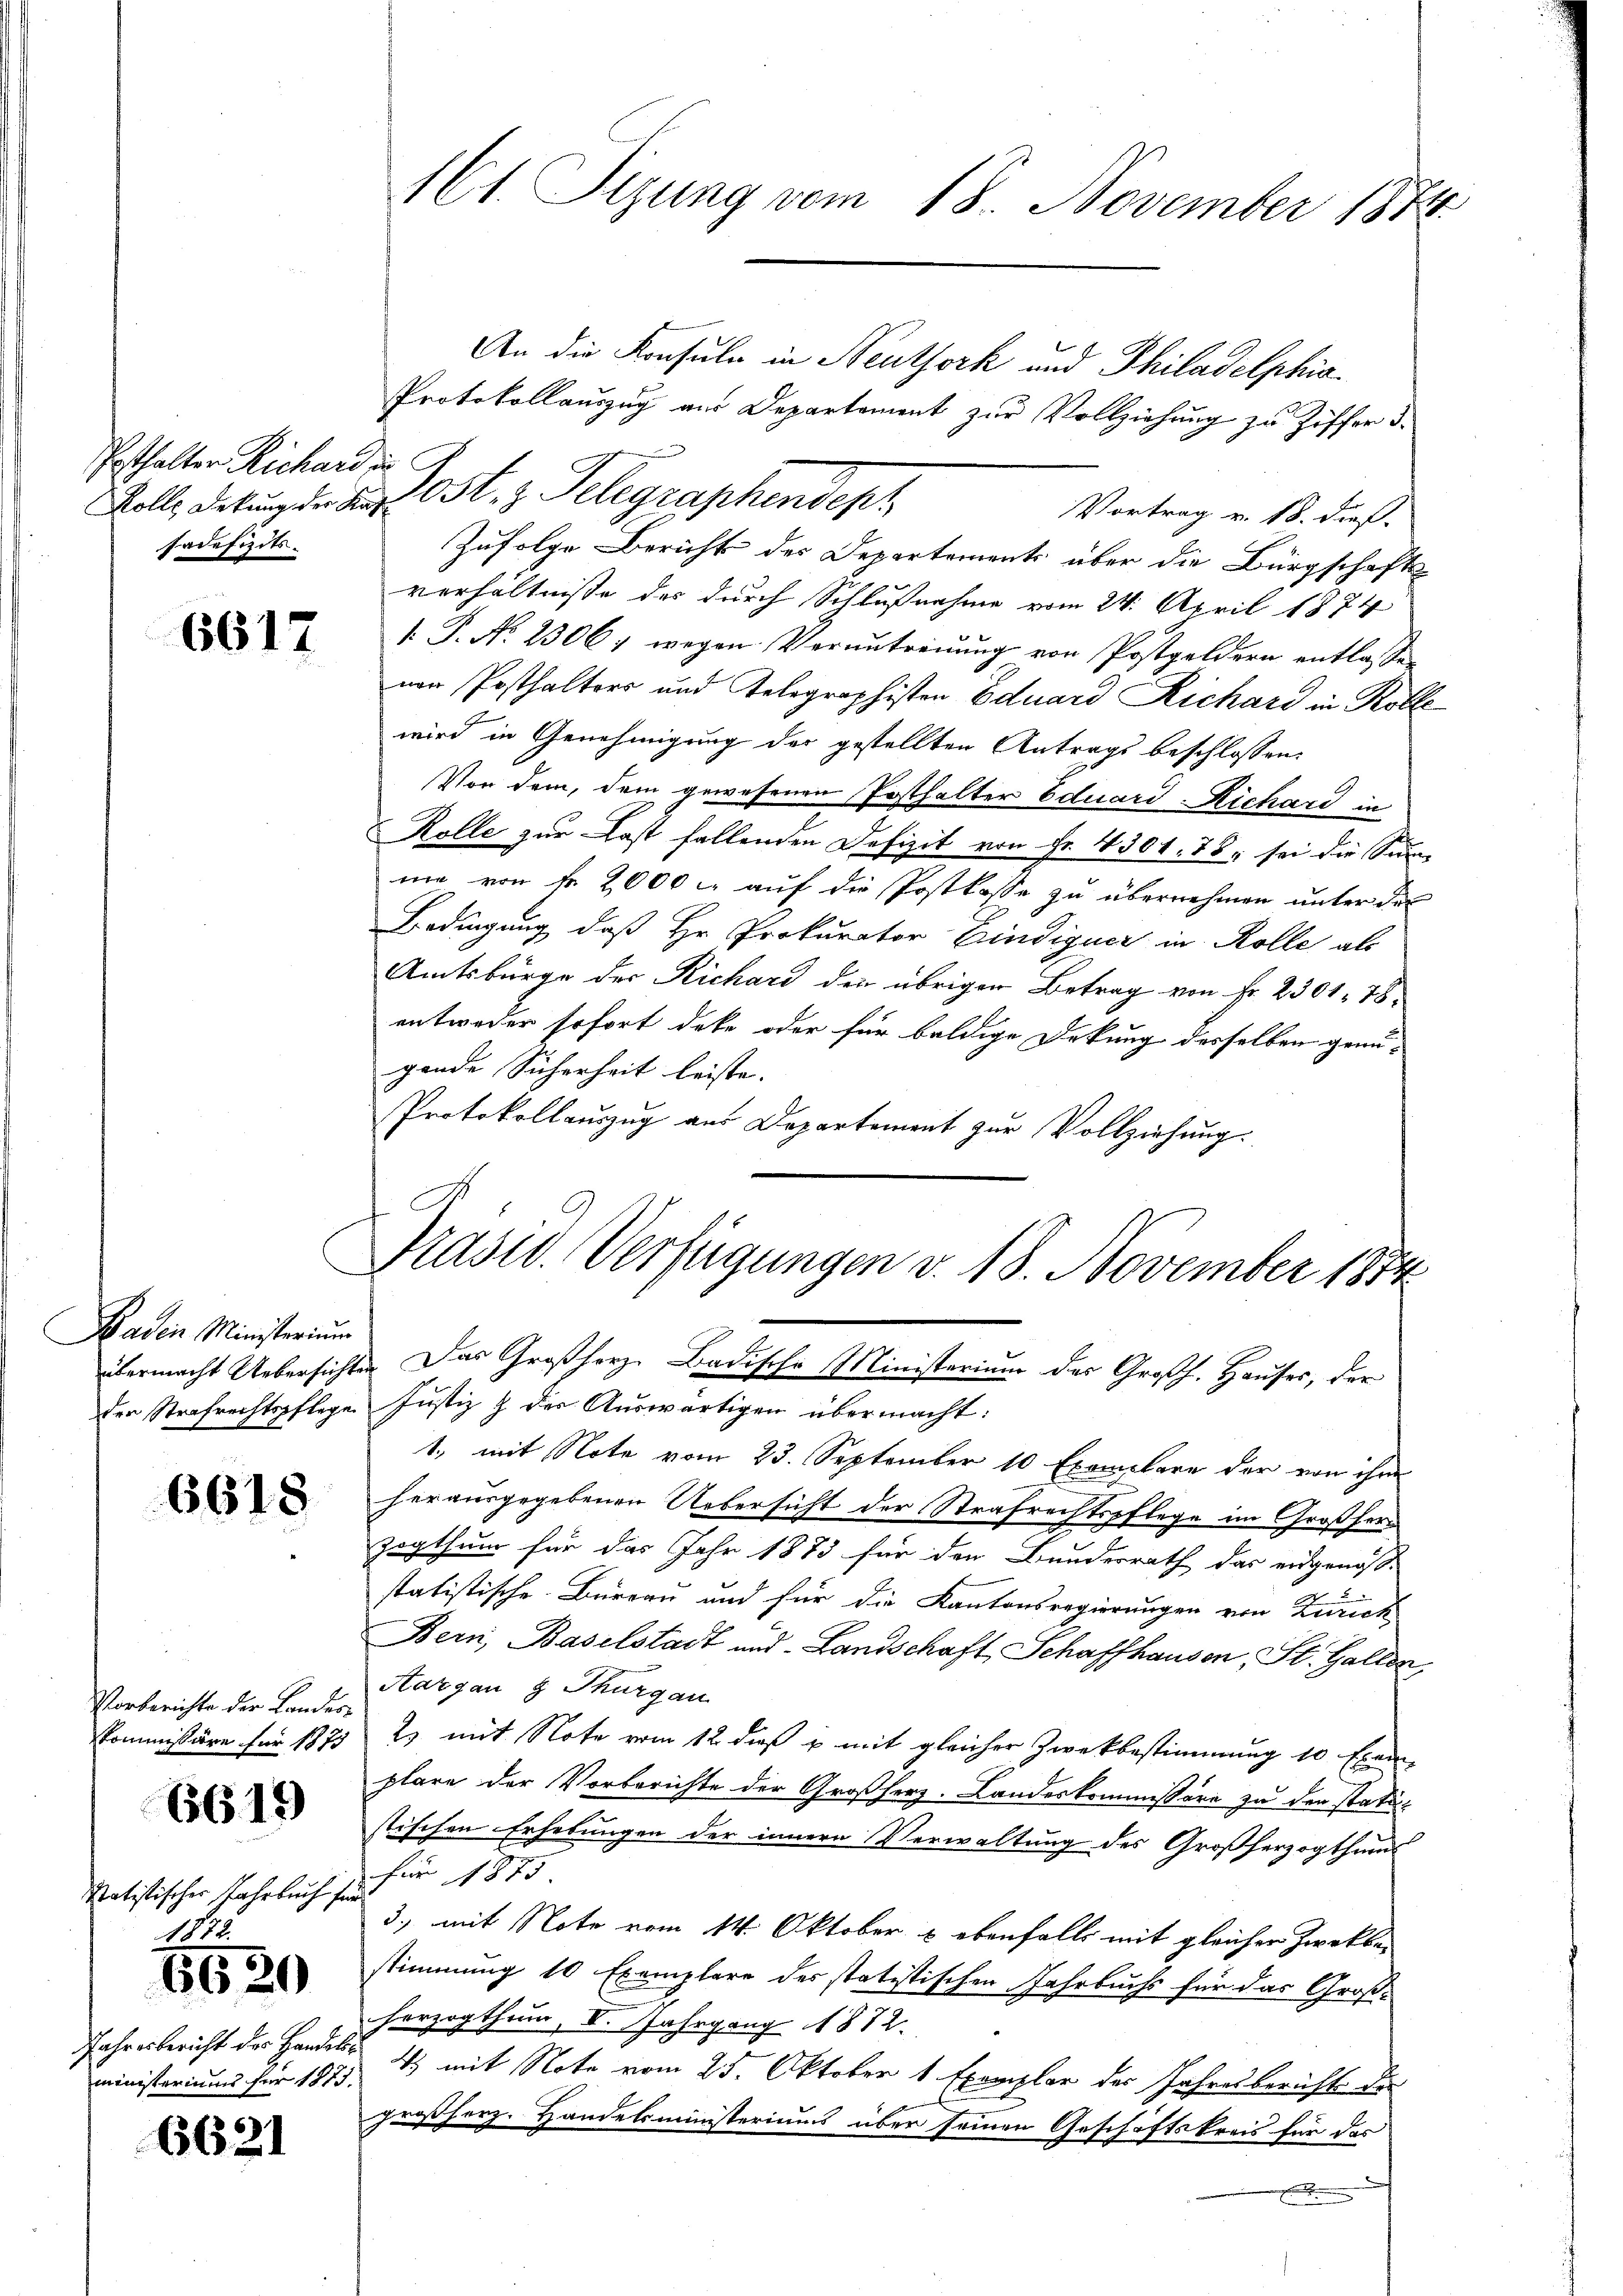
Posthalter Richard zu
sadefizits.

6617

Baden Ministerium

6618

Vorberichte der Landes¬
Kommissäre für 1873

6619

Ratistischer Jahrbuch für
1872

8620

Jahresbericht der Handels
ministeriums für 1873.

6621

Mt. Sizung vom 18. November 1874

An die Konsul in Neuthork und Philadelphia¬
Protokollauszug aus Departement zur Vollziehung zu Ziffer 3.
Kolle Detung der des Ost, z. Telegraphendesh
Vortrag v. 18. dieß
Zufolge Bericht des Departements über die Bürgschafts
verhältnisse des durch Schlußnahme vom 24. April 1874
1. P. No 2506, wegen Verantreuung von Postgeldern entlassen
ner Posthalters und Telegraphisten Eduard Richard in Rolle
wird in Genehmigung der gestellten Antrags beschlossen:
Vor dem, dem gewesenen Posthalter Eduard-Richard in
Rolle zur Last fallenden Defizit von Fr. 4301. 78. sei die Sinne
me von fr. 2000 l. auf die Postkasse zu übernehmen unter der
Bedingung, daß Hr. Prokurator Eindiquer in Rolle als
Amtsbürge der Richard den übrigen Betrag von Fr. 2301. 78
entweder sofort deke oder für baldige Deckung desselben genügende Sicherheit leiste.
Protokollauszug aus Departement zur Vollziehung.
übermacht Uebersichte. Das Großherz, Badische Ministerium das Großh. Hauses, der
der Strafrechtspflege Justiz & der Auswärtigen übermacht:
1., mit Note vom 23. September 10 Exemplare der von ihm
herausgegebenen Uebersicht der Strafrechtspflege im Großherzogthum für das Jahr 1873 für den Bundesrath das eidgenößstatistische Büreau und für die Kantonsregierungen von Zürich
Bern, Baselstadt und Landschaft Schaffhausen, St. Gallen,
Aargau § Thurgau
2) mit Note vom 12. dieß & mit gleicher Zwekbestimmung 10 Exemplare der Vorberichte der Großherz. Landeskommissori zu den statistischen Erhebungen der innern Verwaltung des Großherzogthums
für 1875
3., mit Note vom 14. Oktober & ebenfalls mit gleicher Zwekbestimmung 10 Exemplare des statistischen Jahrbuchs für das Großherzogthum, V. Jahrgang 1872.
4 mit Note vom 25. Oktober 1 Exemplar des Jahresberichts de
großherz. Handelsministeriums über seinen Geschäftskreis für das

Präsid. Verfügungen v. 18. November 1854